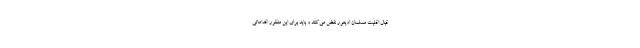
قبال اقلیت مسلمان اویغور نقض می‌کنند و باید برای این منظور اقداماتی